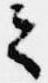
之